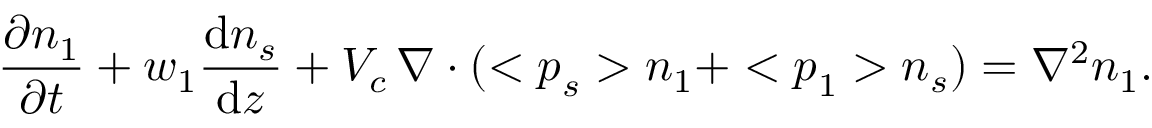
\frac { \ensuremath { \partial } n _ { 1 } } { \ensuremath { \partial } t } + w _ { 1 } \frac { \ensuremath { \mathrm { d } } n _ { s } } { \ensuremath { \mathrm { d } } z } + V _ { c } \, \ensuremath { \boldsymbol \nabla } \ensuremath { \boldsymbol \cdot } ( < { \ensuremath { \boldsymbol } p } _ { s } > n _ { 1 } + < { \ensuremath { \boldsymbol } p } _ { 1 } > n _ { s } ) = \nabla ^ { 2 } n _ { 1 } .